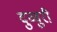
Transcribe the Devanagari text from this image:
दुव्वुरी